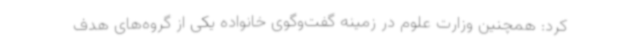
کرد: همچنین وزارت علوم در زمینه گفت‌وگوی خانواده یکی از گروه‌های هدف